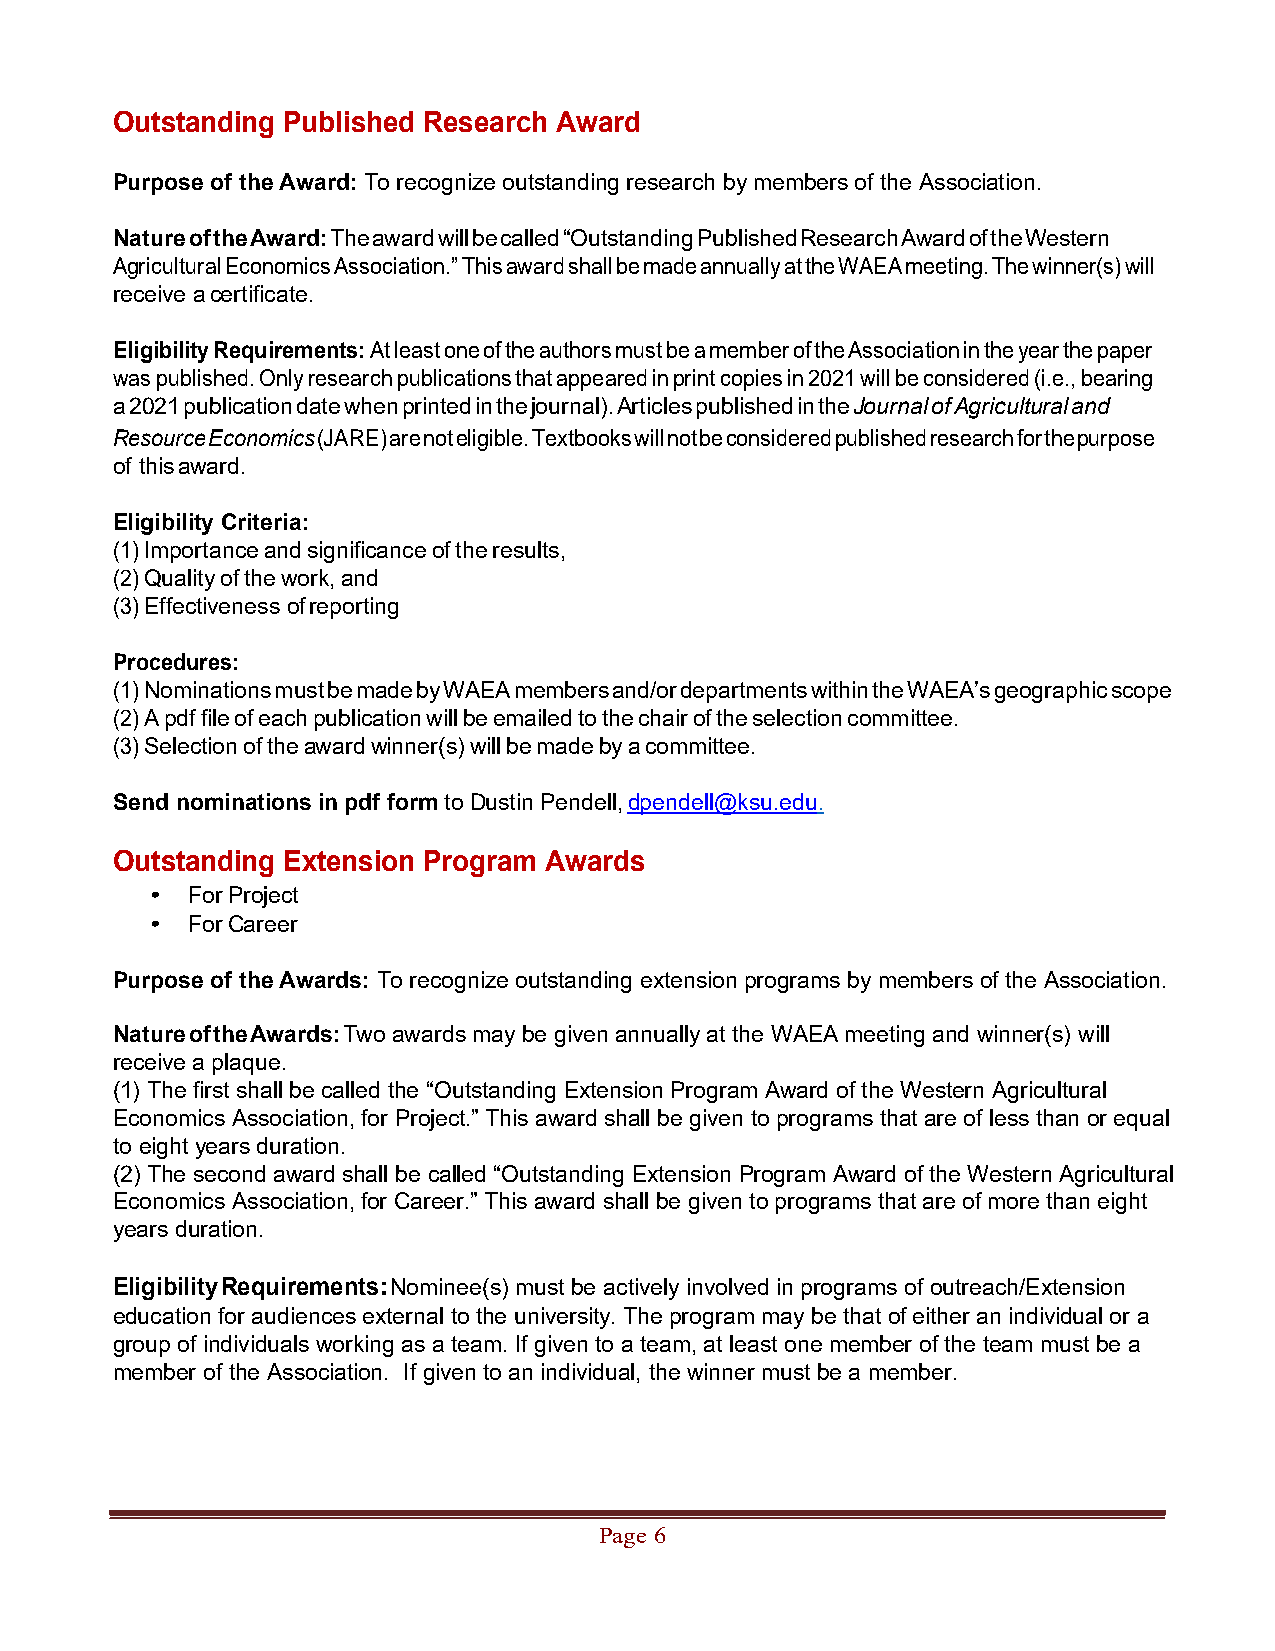
Outstanding Published Research Award
 Purpose of the Award: To recognize outstanding research by members of the Association.
 Nature of the Award: The award will be called “Outstanding Published Research Award of the Western
 Agricultural Economics Association.” This award shall be made annually at the WAEA meeting. The winner(s) will
 receive a certificate.
 Eligibility Requirements: At least one of the authors must be a member of the Association in the year the paper
 was published. Only research publications that appeared in print copies in 2021 will be considered (i.e., bearing
 a 2021 publication date when printed in the journal). Articles published in the Journal of Agricultural and
 Resource Economics (JARE) are not eligible. Textbooks will not be considered published research for the purpose
 of this award.
 Eligibility Criteria:
 (1) Importance and significance of the results,
 (2) Quality of the work, and
 (3) Effectiveness of reporting
 Procedures:
 (1) Nominations must be made by WAEA members and/or departments within the WAEA’s geographic scope
 (2) A pdf file of each publication will be emailed to the chair of the selection committee.
 (3) Selection of the award winner(s) will be made by a committee.
 Send nominations in pdf form to Dustin Pendell, dpendell@ksu.edu.
 Outstanding Extension Program Awards
 • For Project
 • For Career
 Purpose of the Awards: To recognize outstanding extension programs by members of the Association.
 Nature of the Awards: Two awards may be given annually at the WAEA meeting and winner(s) will
 receive a plaque.
 (1) The first shall be called the “Outstanding Extension Program Award of the Western Agricultural
 Economics Association, for Project.” This award shall be given to programs that are of less than or equal
 to eight years duration.
 (2) The second award shall be called “Outstanding Extension Program Award of the Western Agricultural
 Economics Association, for Career.” This award shall be given to programs that are of more than eight
 years duration.
 Eligibility Requirements: Nominee(s) must be actively involved in programs of outreach/Extension
 education for audiences external to the university. The program may be that of either an individual or a
 group of individuals working as a team. If given to a team, at least one member of the team must be a
 member of the Association. If given to an individual, the winner must be a member.
 Page 6